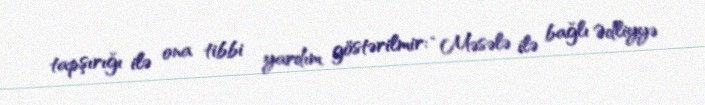
tapşırığı ilə ona tibbi yardım göstərilmir: “Məsələ ilə bağlı Ədliyyə